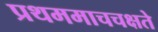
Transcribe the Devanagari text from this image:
प्रथममाचचक्षते